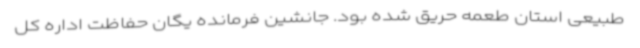
طبیعی استان طعمه حریق شده بود. جانشین فرمانده یگان حفاظت اداره کل